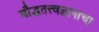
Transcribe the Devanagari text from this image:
बौद्धतत्त्वज्ञानाचा